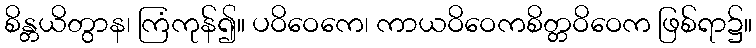
စိန္တယိတွာန၊ ကြံကုန်၍။ ပဝိဝေကေ၊ ကာယဝိဝေကစိတ္တဝိဝေက ဖြစ်ရာ၌။